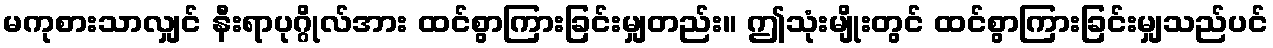
မကုစားသာလျှင် နီးရာပုဂ္ဂိုလ်အား ထင်စွာကြားခြင်းမျှတည်း။ ဤသုံးမျိုးတွင် ထင်စွာကြားခြင်းမျှသည်ပင်